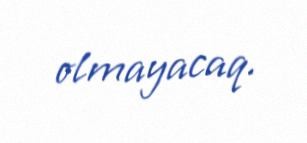
olmayacaq.